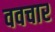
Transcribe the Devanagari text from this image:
ववचार